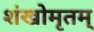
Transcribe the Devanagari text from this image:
शंखोमृतम्